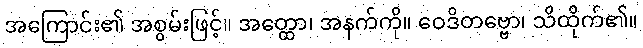
အကြောင်း၏ အစွမ်းဖြင့်။ အတ္ထော၊ အနက်ကို။ ဝေဒိတဗ္ဗော၊ သိထိုက်၏။